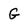
Character: G